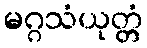
မဂ္ဂသံယုတ္တံ